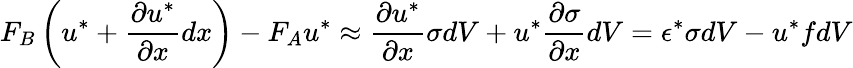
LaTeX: F_{B}\left(u^{*}+{\frac{\partial u^{*}}{\partial x}}dx\right)-F_{A}u^{*}\approx{\frac{\partial u^{*}}{\partial x}}\sigma dV+u^{*}{\frac{\partial\sigma}{\partial x}}dV=\epsilon^{*}\sigma dV-u^{*}fdV